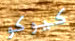
كيوكو